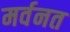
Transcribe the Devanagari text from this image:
मर्वनत